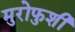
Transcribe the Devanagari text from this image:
मुरोफुशी